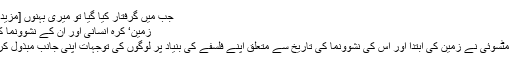
جب میں گرفتار کیا گیا تو میری بہنوں [مزید پڑھیے]
زمین‘ کرۂ انسانی اور ان کے نشوونما کی تاریخ
تکافومی مٹسوئی نے زمین کی ابتدا اور اس کی نشوونما کی تاریخ سے متعلق اپنے فلسفے کی بنیاد پر لوگوں کی توجہات اپنی جانب مبذول کر لی ہے۔